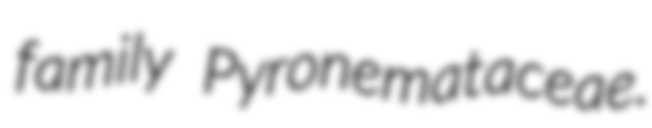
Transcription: family Pyronemataceae.